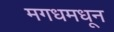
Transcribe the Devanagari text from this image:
मगधमधून